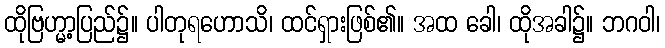
ထိုဗြဟ္မာ့ပြည်၌။ ပါတုရဟောသိ၊ ထင်ရှားဖြစ်၏။ အထ ခေါ၊ ထိုအခါ၌။ ဘဂဝါ၊